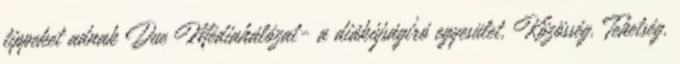
tippeket adnak Due Médiahálózat- a diákújságíró egyesület. Közösség. Tehetség.